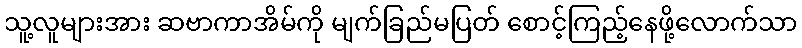
သူ့လူများအား ဆဗာကာအိမ်ကို မျက်ခြည်မပြတ် စောင့်ကြည့်နေဖို့လောက်သာ